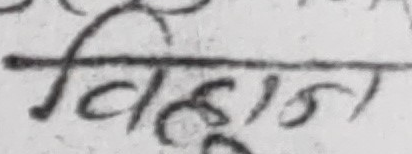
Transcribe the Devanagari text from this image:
विहस्त